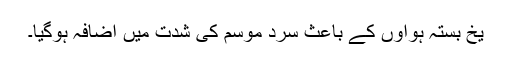
یخ بستہ ہواؤں کے باعث سرد موسم کی شدت میں اضافہ ہوگیا۔